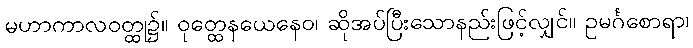
မဟာကာလဝတ္ထု၌။ ဝုတ္ထေနယေနေဝ၊ ဆိုအပ်ပြီးသောနည်းဖြင့်လျှင်။ ဥမင်္ဂစောရာ၊